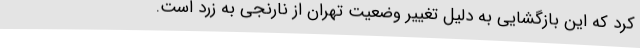
کرد که این بازگشایی به دلیل تغییر وضعیت تهران از نارنجی به زرد است.